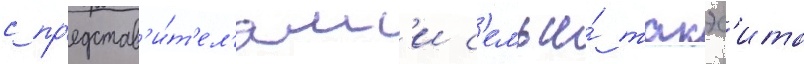
с пр'едстав'и́т'ел'ям'и с'емьи́ такэс'ита